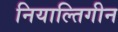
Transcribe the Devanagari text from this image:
नियाल्तिगीन